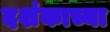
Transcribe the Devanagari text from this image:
दशंकाच्या